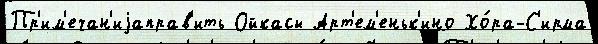
Пр'им'ечан'иjаправ'ить Ойкасы Арт'ем'еньк'ино Хо́ра-С'ирма